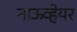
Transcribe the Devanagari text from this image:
नाऊव्हेयर